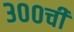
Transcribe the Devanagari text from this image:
३००ची